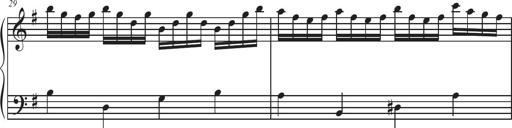
Title: Sonatina Espania
Composer: Jerald Franklin Archer
Key: Various